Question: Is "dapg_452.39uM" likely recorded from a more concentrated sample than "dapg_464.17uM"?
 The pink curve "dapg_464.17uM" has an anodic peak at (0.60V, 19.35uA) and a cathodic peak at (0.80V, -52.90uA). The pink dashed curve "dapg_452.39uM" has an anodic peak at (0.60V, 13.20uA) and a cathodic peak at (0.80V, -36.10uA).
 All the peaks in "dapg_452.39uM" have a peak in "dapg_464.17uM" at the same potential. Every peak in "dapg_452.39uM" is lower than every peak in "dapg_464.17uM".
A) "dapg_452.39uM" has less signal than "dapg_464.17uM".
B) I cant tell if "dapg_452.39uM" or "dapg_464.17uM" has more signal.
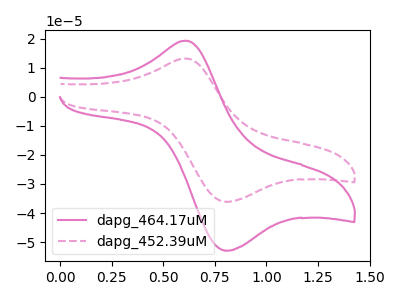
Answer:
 <answer>A) "dapg_452.39uM" has less signal than "dapg_464.17uM".</answer>
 <eval>A</eval>